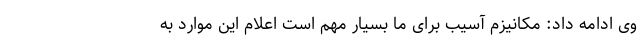
وی ادامه داد: مکانیزم آسیب برای ما بسیار مهم است اعلام این موارد به